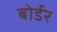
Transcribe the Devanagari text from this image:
बोर्डर